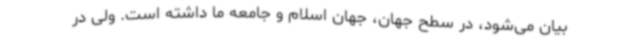
بیان می‌شود، در سطح جهان، جهان اسلام و جامعه ما داشته است. ولی در